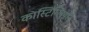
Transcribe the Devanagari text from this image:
कास्टिग्लियोन